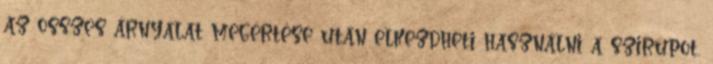
az összes árnyalat megértése után elkezdheti használni a szirupot,